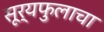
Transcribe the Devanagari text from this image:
सूर्यफुलाचा